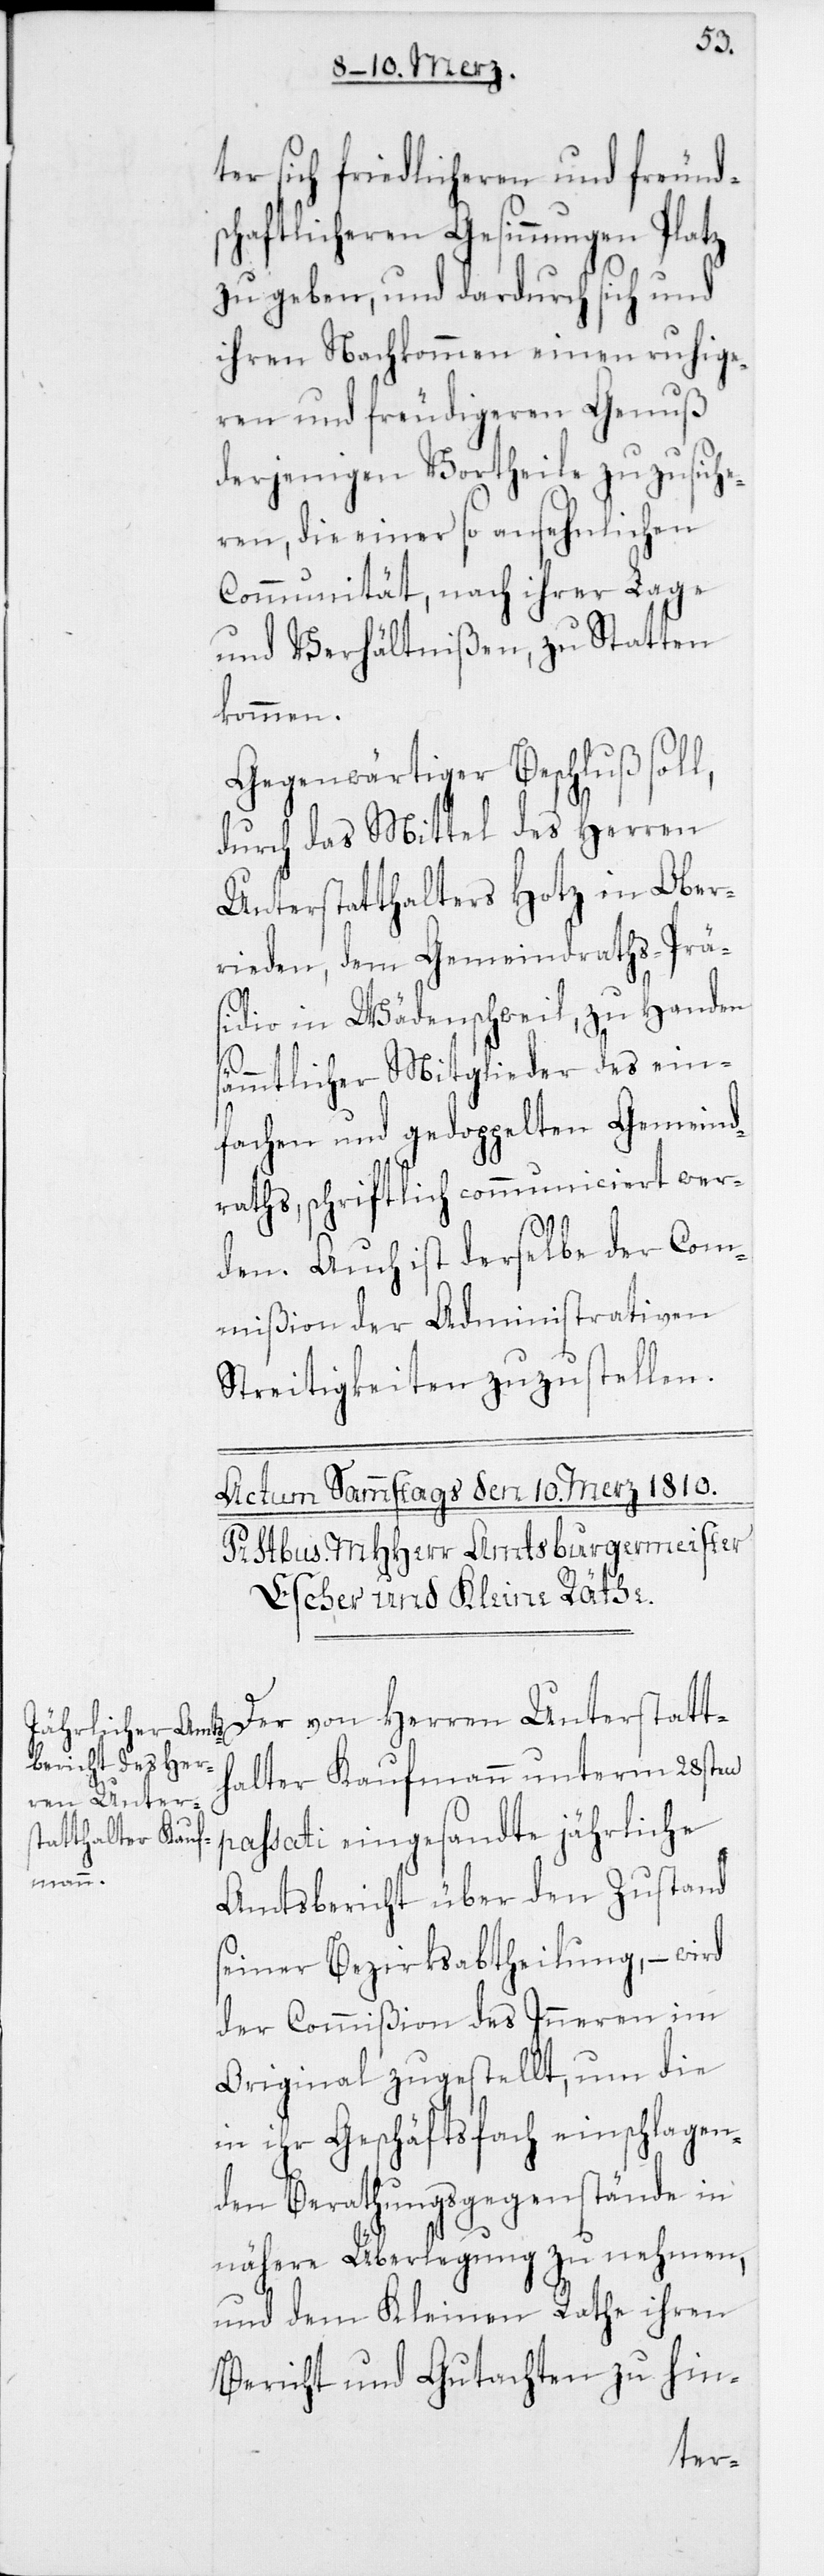
ter sich friedlicheren und freund¬
schaftlicheren Gesinnungen Platz
zu geben, und dardurch sich und
ihren Nachkommen einen ruhige¬
ren und freudigeren Genuß
derjenigen Vortheile zuzusiche¬
ren, die einer so ansehnlichen
Communität, nach ihrer Lage
und Verhältnißen, zu Statten
kommen.
Gegenwärtiger Beschluß soll,
durch das Mittel des Herren
Unterstatthalters Hotz in Ober¬
rieden, dem Gemeindraths-Prä¬
sidio in Wädenschweil, zu Handen
sämmtlicher Mitglieder des ein¬
fachen und gedoppelten Gemeind¬
raths, schriftlich communiciert wer¬
den. Auch ist derselbe der Com¬
mißion der Administrativen
Streitigkeiten zuzustellen.
Der von Herren Unterstatt¬
halter Kaufmann unterm 28sten
passati eingesandte jährliche
Amtsbericht über den Zustand
seiner Bezirksabtheilung, – wird
der Commißion des Inneren im
Original zugestellt, um die
in ihr Geschäftsfach einschlagen¬
den Berathungsgegenstände in
nähere Überlegung zu nehmen,
und dem Kleinen Rathe ihren
Bericht und Gutachten zu hin-